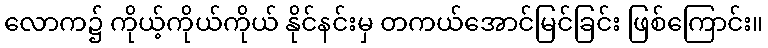
လောက၌ ကိုယ့်ကိုယ်ကိုယ် နိုင်နင်းမှ တကယ်အောင်မြင်ခြင်း ဖြစ်ကြောင်း။